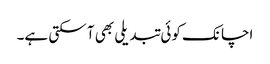
اچانک کوئی تبدیلی بھی آ سکتی ہے۔